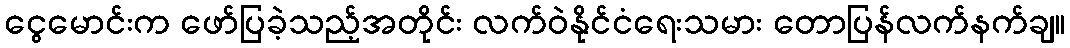
ငွေမောင်းက ဖော်ပြခဲ့သည့်အတိုင်း လက်ဝဲနိုင်ငံရေးသမား တောပြန်လက်နက်ချ။